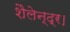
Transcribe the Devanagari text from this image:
शैलेन्द्र।